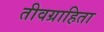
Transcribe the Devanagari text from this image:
तीवग्राहिता